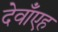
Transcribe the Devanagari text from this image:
देवाँएह